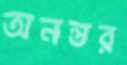
অনন্তর